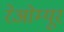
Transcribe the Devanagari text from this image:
रेओम्यूर